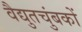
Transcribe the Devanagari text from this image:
वैद्युतचुंबकों